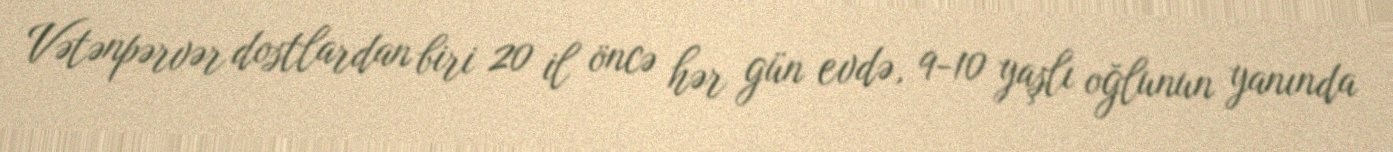
Vətənpərvər dostlardan biri 20 il öncə hər gün evdə, 9-10 yaşlı oğlunun yanında